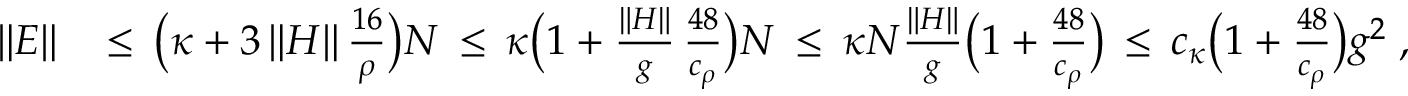
\begin{array} { r l } { \| E \| } & { \, \leq \, \big ( \kappa + 3 \, \| H \| \, \frac { 1 6 } { \rho } \big ) N \, \leq \, \kappa \big ( 1 + \frac { \| H \| } { g } \, { \frac { 4 8 } { c _ { \rho } } } \big ) N \, \leq \, \kappa N \frac { \| H \| } { g } { \big ( 1 + \frac { 4 8 } { c _ { \rho } } \big ) } \, \leq \, c _ { \kappa } { \big ( 1 + \frac { 4 8 } { c _ { \rho } } \big ) } g ^ { 2 } \; , } \end{array}